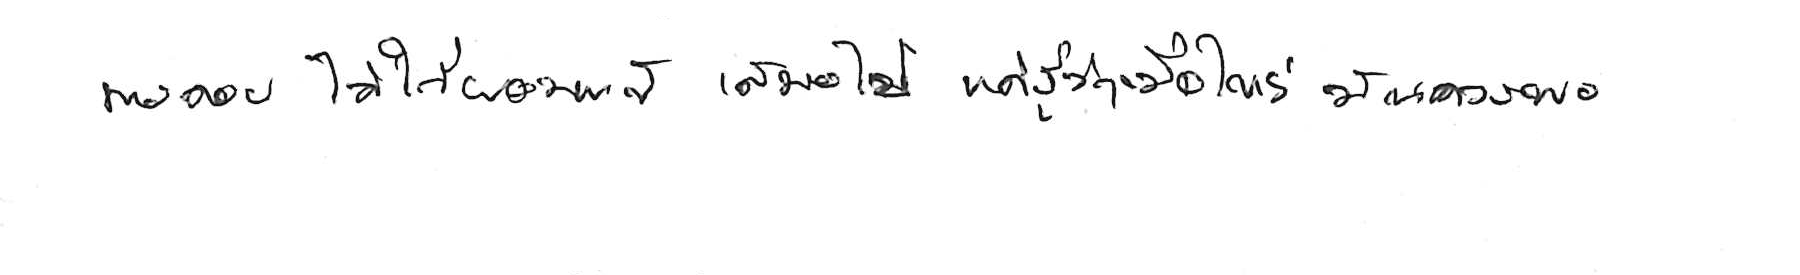
การถอย ไม่ใช่ยอมแพ้ เสมอไป แค่รู้ว่าเมื่อไหร่ มันควรพอ